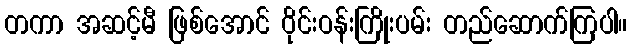
တကာ အဆင့်မီ ဖြစ်အောင် ဝိုင်းဝန်းကြိုးပမ်း တည်ဆောက်ကြပါ။